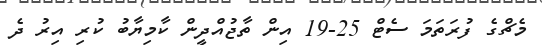
މެޗްގެ ފުރަތަމަ ސެޓް 25-19 އިން ތާޖުއްދީން ކާމިޔާބު ކުރި އިރު ދެ